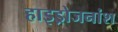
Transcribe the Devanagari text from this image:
हाइड्रोजनांश